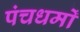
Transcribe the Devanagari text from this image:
पंचधर्मों